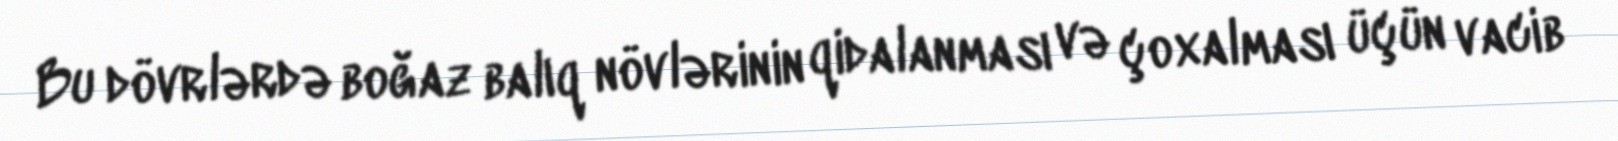
Bu dövrlərdə boğaz balıq növlərinin qidalanması və çoxalması üçün vacib